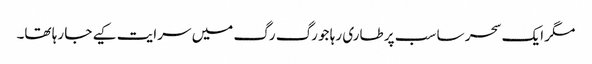
مگر ایک سحر سا سب پر طاری رہا جو رگ رگ میں سرایت کیے جا رہا تھا۔